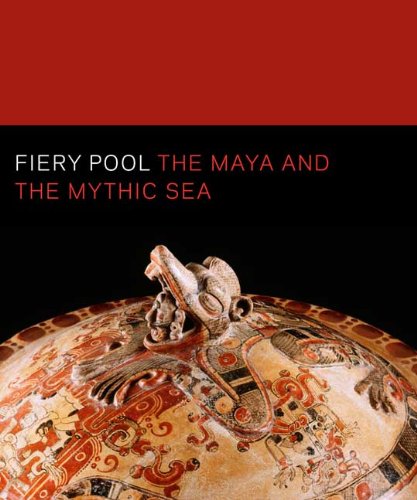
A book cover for Fiery Pool: The Maya and the Mythic Sea (Peabody Essex Museum); History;